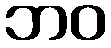
ဘဝ